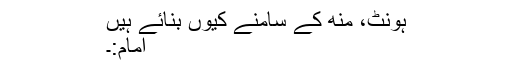
ہونٹ، منھ کے سامنے کیوں بنائے ہیں
امام:۔